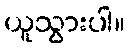
ယူသွားပါ။